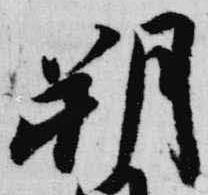
朔